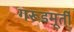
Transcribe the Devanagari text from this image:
गरूडमूर्ती